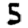
Digit: 5